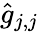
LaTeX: \hat{g}_{j,j}